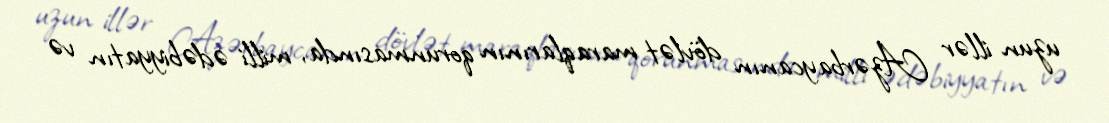
uzun illər Azərbaycanın dövlət maraqlarının qorunmasında, milli ədəbiyyatın və